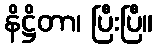
နိဋ္ဌိတာ၊ ပြီးပြီ။